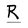
Character: R